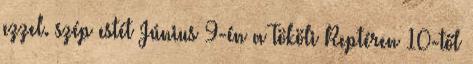
ezzel. szép estét Június 9-én a Tököli Reptéren 10-től